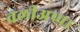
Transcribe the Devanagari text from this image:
वलीअप्पा